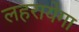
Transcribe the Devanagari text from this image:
लहरायेगा